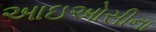
આઇઓસીના